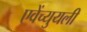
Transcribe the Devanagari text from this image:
एवेंच्युयली